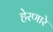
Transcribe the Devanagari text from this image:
हेरणारे